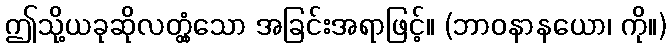
ဤသို့ယခုဆိုလတ္တံ့သော အခြင်းအရာဖြင့်။ (ဘာဝနာနယော၊ ကို။)